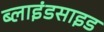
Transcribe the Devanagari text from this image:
ब्लाइंडसाइड